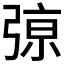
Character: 𰐞